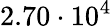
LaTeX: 2.70\cdot 10^{4}